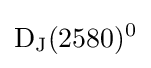
{\rm {D_{J}(2580)^{0}}}